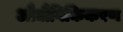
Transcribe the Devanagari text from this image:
औद्यौगिकिकरण